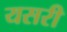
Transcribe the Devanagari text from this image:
यसरी